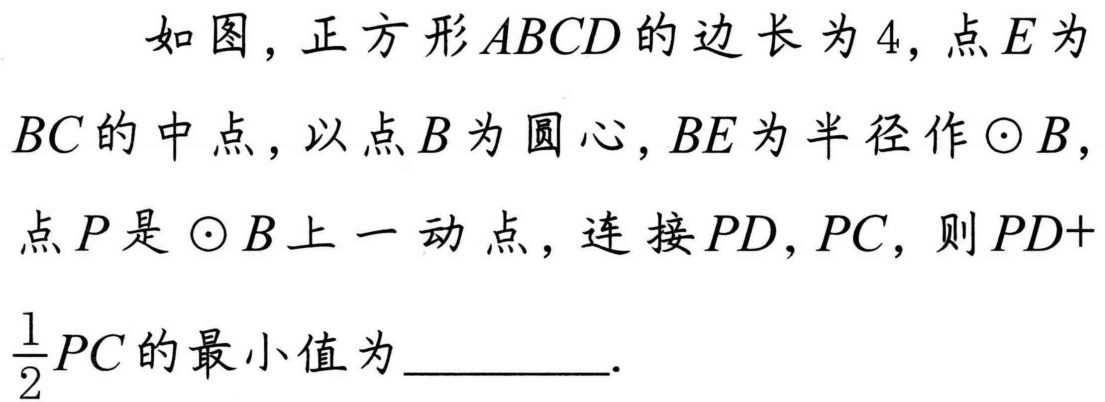
如图，正方形\(ABCD\)的边长为\(4\)，点\(E\)为
\(BC\)的中点，以点\(B\)为圆心，\(BE\)为半径作\(\odot B\)，
点\(P\)是\(\odot B\)上一动点，连接\(PD,PC\)，则\(PD +
\dfrac{1}{2}PC\)的最小值为________．